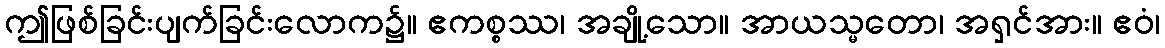
ဤဖြစ်ခြင်းပျက်ခြင်းလောက၌။ ဧကစ္စဿ၊ အချို့သော။ အာယသ္မတော၊ အရှင်အား။ ဧဝံ၊